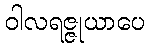
ဝါလရဇ္ဇုယာပေ